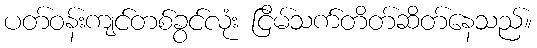
ပတ်ဝန်းကျင်တစ်ခွင်လုံး ငြိမ်သက်တိတ်ဆိတ်နေသည်။